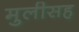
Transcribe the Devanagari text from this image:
मुलीसह